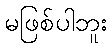
မဖြစ်ပါဘူး